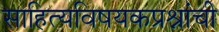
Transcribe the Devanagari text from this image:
साहित्यविषयकप्रश्नांची